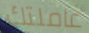
عاملتك